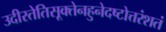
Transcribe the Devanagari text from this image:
उदीरतेतिसूक्तेनहुनेदष्टोत्तरंशतं